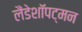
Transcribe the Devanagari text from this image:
लैंडेशॉपट्मन